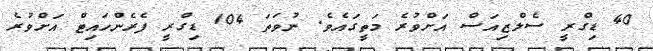
40 ޑިގްރީ ސެލްޒިއަސް އަށްވުރެ މަތީގައެވެ. ނުވަތަ 104 ޑިގްރީ ފެރެންހައިޓް އަށްވުރެ